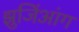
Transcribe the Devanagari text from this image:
झुजिंआंग